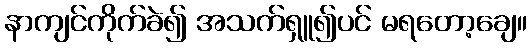
နာကျင်ကိုက်ခဲ၍ အသက်ရှူ၍ပင် မရတော့ချေ။